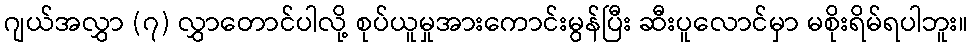
ဂျယ်အလွှာ (၇) လွှာတောင်ပါလို့ စုပ်ယူမှုအားကောင်းမွန်ပြီး ဆီးပူလောင်မှာ မစိုးရိမ်ရပါဘူး။